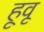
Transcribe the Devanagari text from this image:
हूवू